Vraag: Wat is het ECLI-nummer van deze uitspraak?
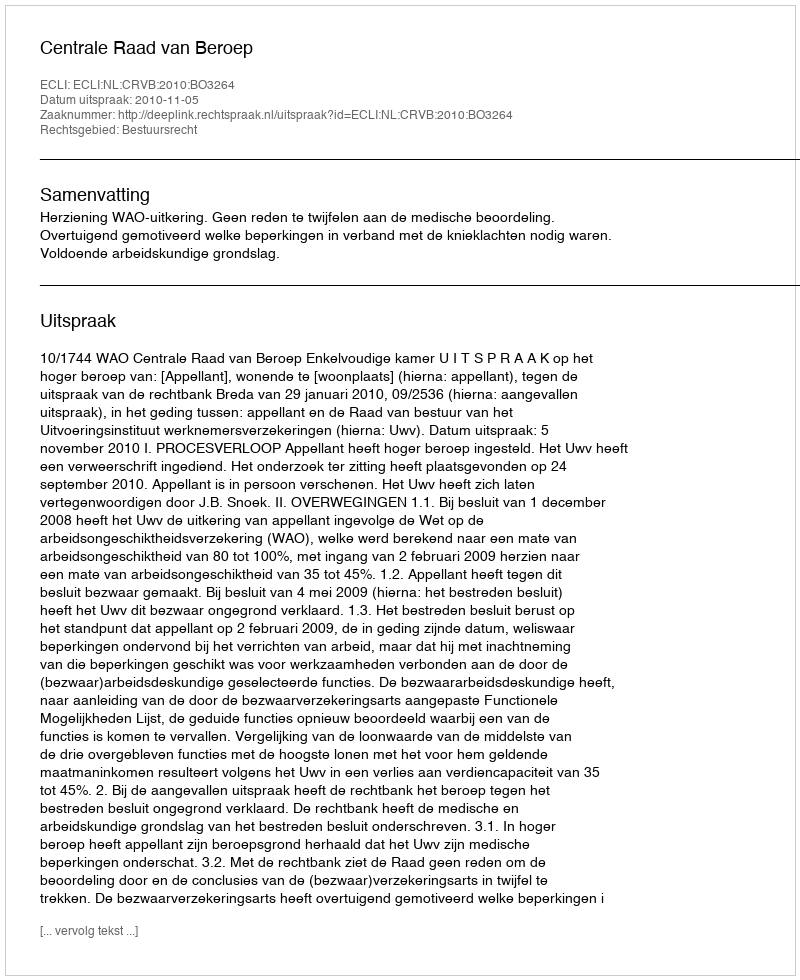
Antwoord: ECLI:NL:CRVB:2010:BO3264